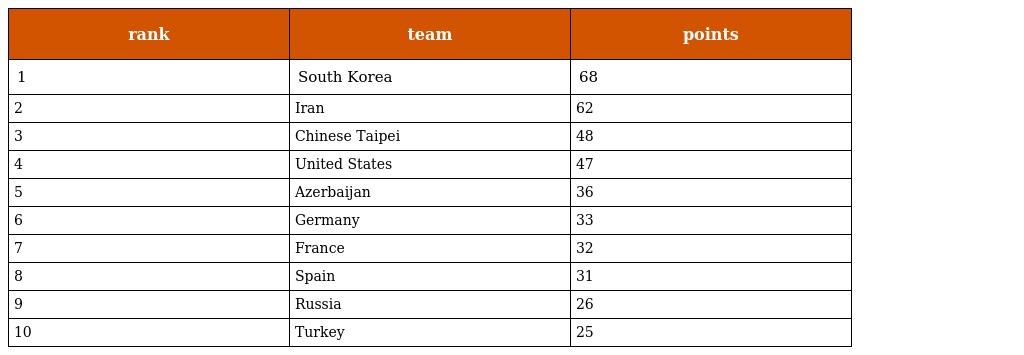
| rank | team | points |
 | --- | --- | --- |
 | 1 | South Korea | 68 |
 | 2 | Iran | 62 |
 | 3 | Chinese Taipei | 48 |
 | 4 | United States | 47 |
 | 5 | Azerbaijan | 36 |
 | 6 | Germany | 33 |
 | 7 | France | 32 |
 | 8 | Spain | 31 |
 | 9 | Russia | 26 |
 | 10 | Turkey | 25 |